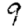
Digit: 9